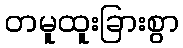
တမူထူးခြားစွာ